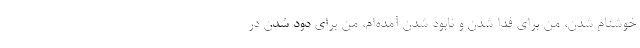
خوشنام شدن، من برای فدا شدن و نابود شدن آمده‌ام، من برای دود شدن در